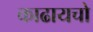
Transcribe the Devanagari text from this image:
काढायचो